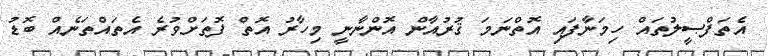
އެތަފްޞީލުތައް ހިމަނާފައި އޮތްނަމަ ޤުރުއާން އޮންނާނީ މިހާރު އޮތް ފޮތަށްވުރެ އެތައްތަނެއް ބޮޑު